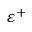
\varepsilon ^ { + }